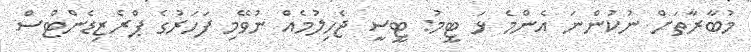
މުބާރާތަށް ނުކުންނަ އެންމެ ޅަ ޓީމު: ޓީސީ ޖެހިލުމެއް ނުވޭމި ފަހަރުގެ ޕްރެޒިޑެންޓްސް